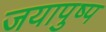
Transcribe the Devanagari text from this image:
जयापुष्प